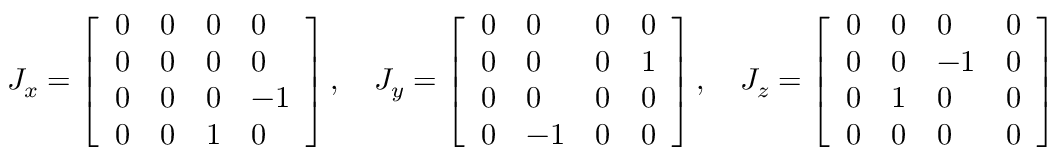
J _ { x } = { \left[ \begin{array} { l l l l } { 0 } & { 0 } & { 0 } & { 0 } \\ { 0 } & { 0 } & { 0 } & { 0 } \\ { 0 } & { 0 } & { 0 } & { - 1 } \\ { 0 } & { 0 } & { 1 } & { 0 } \end{array} \right] } \, , \quad J _ { y } = { \left[ \begin{array} { l l l l } { 0 } & { 0 } & { 0 } & { 0 } \\ { 0 } & { 0 } & { 0 } & { 1 } \\ { 0 } & { 0 } & { 0 } & { 0 } \\ { 0 } & { - 1 } & { 0 } & { 0 } \end{array} \right] } \, , \quad J _ { z } = { \left[ \begin{array} { l l l l } { 0 } & { 0 } & { 0 } & { 0 } \\ { 0 } & { 0 } & { - 1 } & { 0 } \\ { 0 } & { 1 } & { 0 } & { 0 } \\ { 0 } & { 0 } & { 0 } & { 0 } \end{array} \right] }